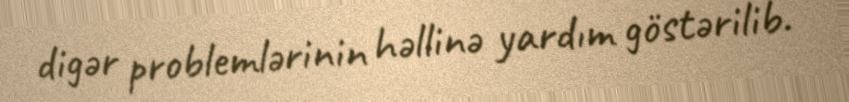
digər problemlərinin həllinə yardım göstərilib.